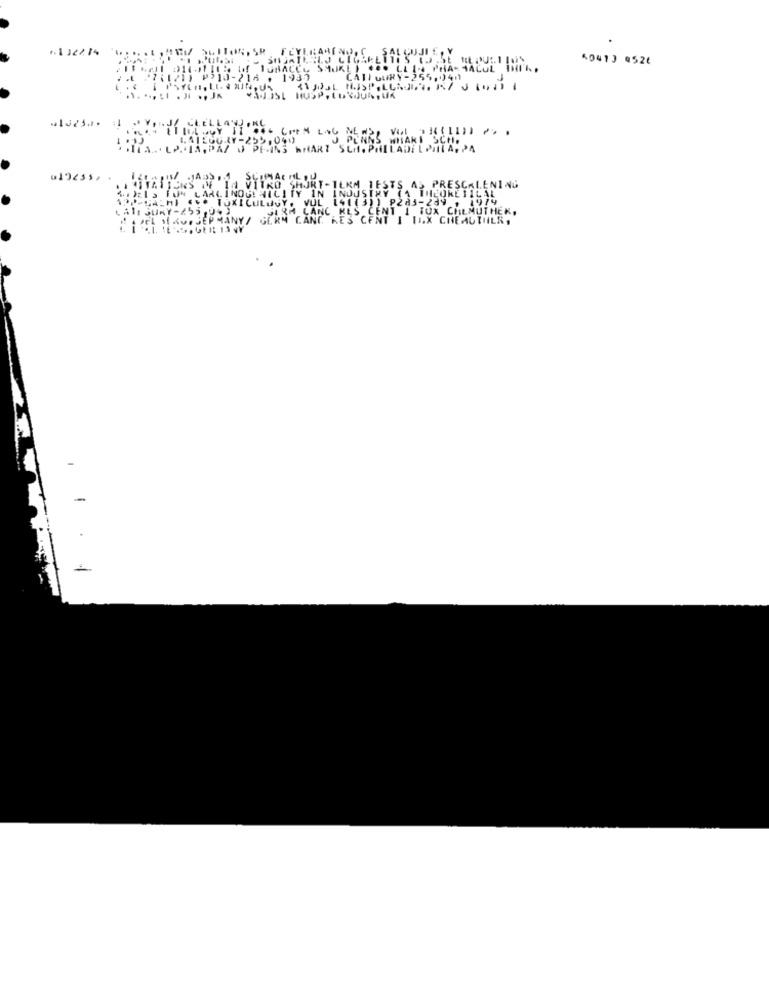
1.1 12274
40413 4526
CATEGORY-255,941
55,941
:I JY,J CLELL
PA
FUN LARLI
OKEIILS
ESCALENING
TOXI
2A3-
TUX CHILMUT
ULX CHEAUTHER,
-
-1